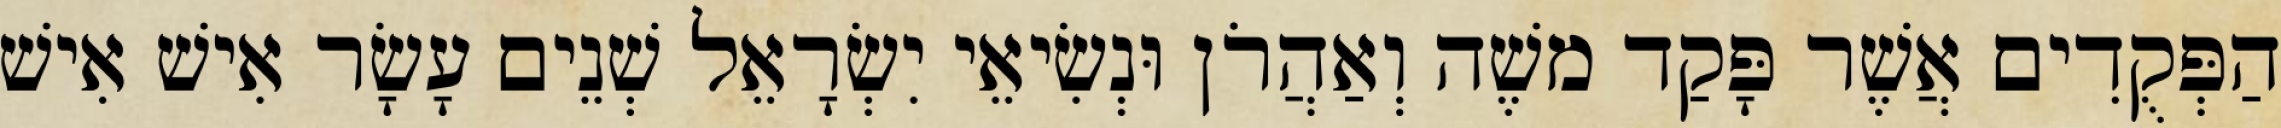
הַפְּקֻדִים אֲשֶׁר פָּקַד משֶׁה וְאַהֲרֹן וּנְשִׂיאֵי יִשְׂרָאֵל שְׁנֵים עָשָׂר אִישׁ אִישׁ